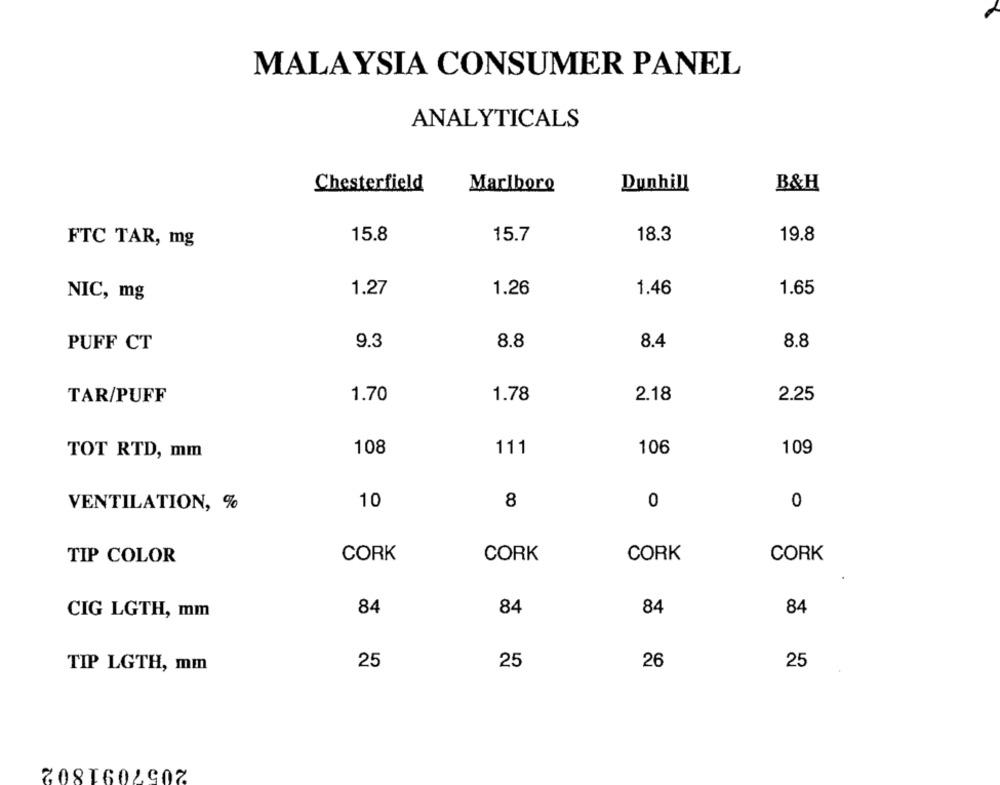
MALAYSIA CONSUMER PANEL
ANALYTICALS
Chesterfield
Marlboro
Dunhill
B&H
15.8
15.7
FTC TAR, mg
18.3
19.8
1.27
1.26
1.65
NIC, mg
1.46
9.3
8.8
8.4
8.8
PUFF CT
TAR/PUFF
1.70
1.78
2.18
2.25
TOT RTD, mm
108
111
106
109
10
8
0
VENTILATION, %
0
CORK
CORK
CORK
CORK
TIP COLOR
84
84
84
84
CIG LGTH, mm
TIP LGTH, mm
25
25
26
25
2057091802